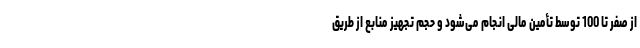
از صفر تا 100 توسط تأمین مالی انجام می‌شود و حجم تجهیز منابع از طریق